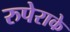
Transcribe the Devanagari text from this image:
रुपेराके